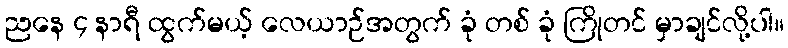
ညနေ ၄ နာရီ ထွက်မယ့် လေယာဉ်အတွက် ခုံ တစ် ခုံ ကြိုတင် မှာချင်လို့ပါ။